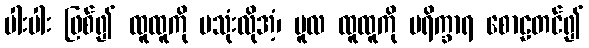
ပါးပါး ဖြစ်၍ ထူထူကို မသုံးလိုအံ့၊ မူလ ထူထူကို ပရိက္ခာရ စောဠတင်၍